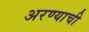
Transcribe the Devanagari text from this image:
अरण्याची